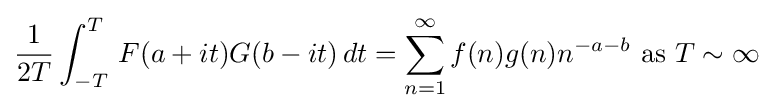
{\frac {1}{2T}}\int _{-T}^{T}\,F(a+it)G(b-it)\,dt=\sum _{n=1}^{\infty }f(n)g(n)n^{-a-b}{\text{ as }}T\sim \infty